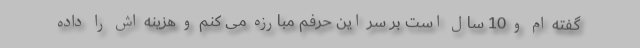
گفته ام و 10 سال است بر سر این حرفم مبارزه می کنم و هزینه اش را داده